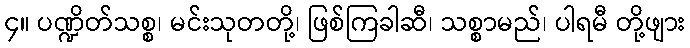
၄။ ပဏ္ဍိတ်သစ္စ၊ မင်းသုတတို့၊ ဖြစ်ကြခါဆီ၊ သစ္စာမည်၊ ပါရမီ တို့ဖျား